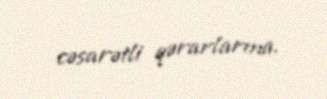
cəsarətli qərarlarına.